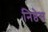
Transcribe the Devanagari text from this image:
निष्ठेस